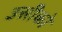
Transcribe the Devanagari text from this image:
उसीको